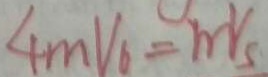
4 m V _ { 6 } = m v _ { s }